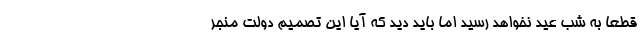
قطعا به شب عید نخواهد رسید اما باید دید که آیا این تصمیم دولت منجر